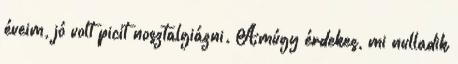
éveim, jó volt picit nosztalgiázni. Amúgy érdekes, mi nulladik